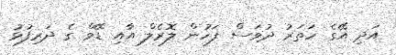
އަދި އޭގެ ހަތަރު ދުވަސް ފަހުން ލޮރެލް އާއި ޑޭވް ގެ ދަރިފުޅު